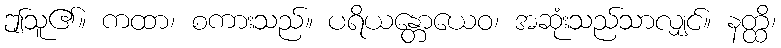
ဤသူ၏။ ကထာ၊ စကားသည်။ ပရိယန္တောယေဝ၊ အဆုံးသည်သာလျှင်။ နတ္ထိ၊